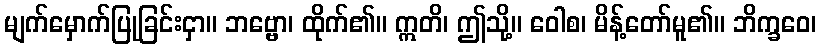
မျက်မှောက်ပြုခြင်းငှာ။ ဘဗ္ဗော၊ ထိုက်၏။ ဣတိ၊ ဤသို့။ ဝေါစ၊ မိန့်တော်မူ၏။ ဘိက္ခဝေ၊